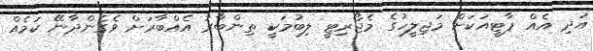
އަދި އެއް ޕާޓީއަކަށް މަޖިލީހުގެ މެޖޯރިޓީ ލިބުމަކީ ތިންބާރު އެއްބާރަށް ވެގެންދާނޭ ކަމެއް